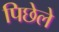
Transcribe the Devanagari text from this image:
पिछेले